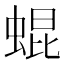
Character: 蜫